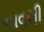
નાવલી